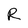
Character: R